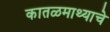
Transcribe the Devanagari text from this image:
कातळमाथ्याचे